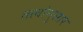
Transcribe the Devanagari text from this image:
तत्वांनुसार